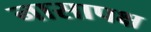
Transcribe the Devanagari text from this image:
नासापक्ष